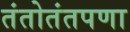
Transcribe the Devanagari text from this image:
तंतोतंतपणा